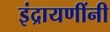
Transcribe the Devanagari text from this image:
इंद्रायणींनी